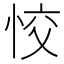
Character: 恔